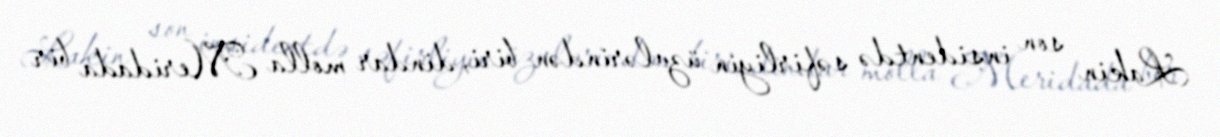
Lakin son insidentdə səfirliyin üzvlərindən biri, dindar molla Meridada bir